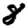
Digit: 8